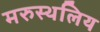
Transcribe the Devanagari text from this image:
मरुस्थलिय